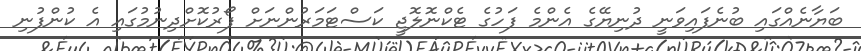
ބަޔާނެއްގައި ބުނެފައިވަނީ ދުނިޔޭގެ އެންމެ ފަހުގެ ޓެކްނޮލޮޖީ ކަސްޓަމަރުންނަށް ފޯރުކޮށްދިނުމުގައި އެ ކުންފުނި